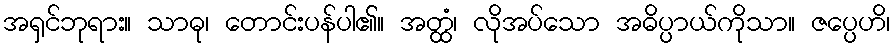
အရှင်ဘုရား။ သာဓု၊ တောင်းပန်ပါ၏။ အတ္ထံ၊ လိုအပ်သော အဓိပ္ပာယ်ကိုသာ။ ဇပ္ပေဟိ၊